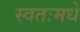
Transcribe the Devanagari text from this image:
स्वतःमधे